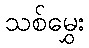
သစ်မွှေး